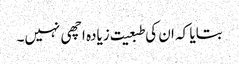
بتایا کہ ان کی طبعیت زیادہ اچھی نہیں۔